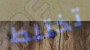
تختلط